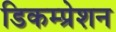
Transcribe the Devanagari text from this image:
डिकम्प्रेशन